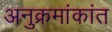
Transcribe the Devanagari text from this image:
अनुक्रमांकांत